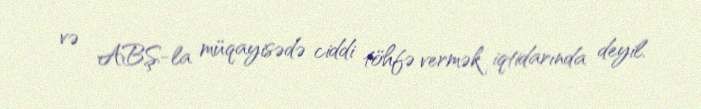
və ABŞ-la müqayisədə ciddi töhfə vermək iqtidarında deyil.